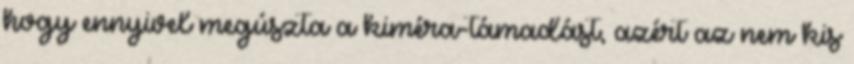
hogy ennyivel megúszta a kiméra-támadást, azért az nem kis